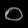
Digit: ၀